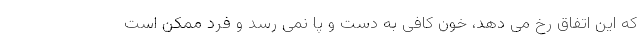
که این اتفاق رخ می دهد، خون کافی به دست و پا نمی رسد و فرد ممکن است